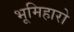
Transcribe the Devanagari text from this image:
भूमिहारो